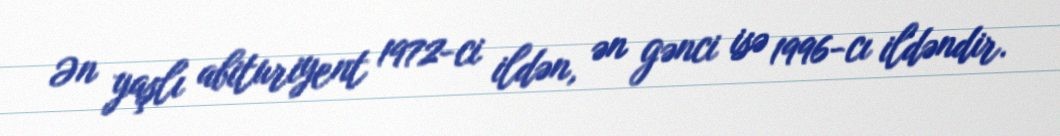
Ən yaşlı abituriyent 1972-ci ildən, ən gənci isə 1996-cı ildəndir.